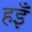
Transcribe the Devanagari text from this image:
हइँ